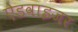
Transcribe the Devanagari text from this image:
ऐडवाइजर